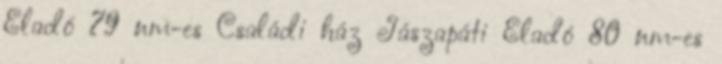
Eladó 79 nm-es Családi ház Jászapáti Eladó 80 nm-es